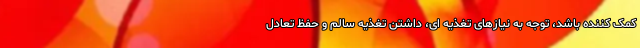
کمک کننده باشد، توجه به نیازهای تغذیه ای، داشتن تغذیه سالم و حفظ تعادل